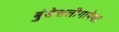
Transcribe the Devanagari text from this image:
बुंडेसलीगापेक्षा